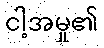
ငါ့အမှု၏